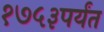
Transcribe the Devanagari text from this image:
१७५३पर्यंत